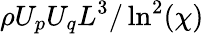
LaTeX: \rho U_{p}U_{q}L^{3}/\ln^{2}(\chi)